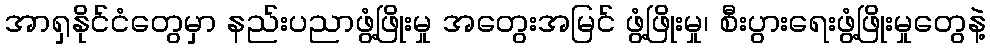
အာရှနိုင်ငံတွေမှာ နည်းပညာဖွံ့ဖြိုးမှု အတွေးအမြင် ဖွံ့ဖြိုးမှု၊ စီးပွားရေးဖွံ့ဖြိုးမှုတွေနဲ့